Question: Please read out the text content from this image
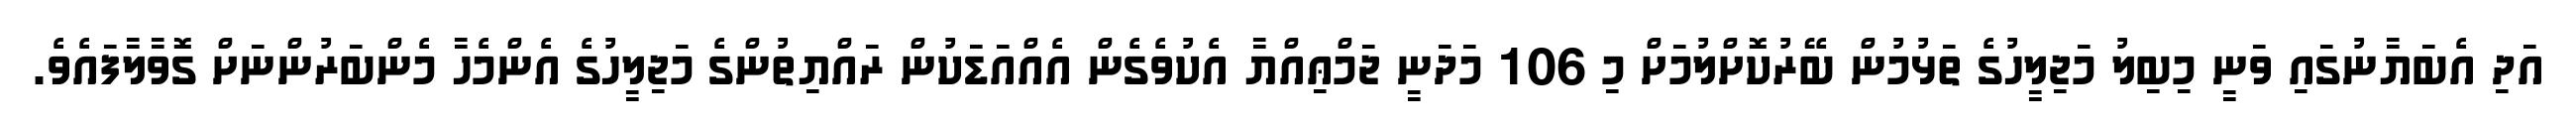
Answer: އަދި އެބަޔާނުގައި ވަނީ މިބިލު މަޖިލީހުގެ ތަޅުމުން ބޭރުކޮށްލުމަށް މި 106 މަދަނީ ޖަމްޢިއްޔާ އެކުވެގެން އެއްއަޑަކުން ރައްޔިތުންގެ މަޖިލީހުގެ އެންމެހާ މެންބަރުންނަށް ގޮވާލާފައެވެ.